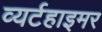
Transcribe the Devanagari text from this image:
व्यर्टहाइमर